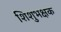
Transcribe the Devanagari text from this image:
शिशुभक्षक